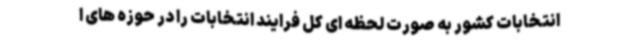
انتخابات کشور به صورت لحظه ای کل فرایند انتخابات را در حوزه های ا